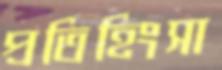
প্রতিহিংসা